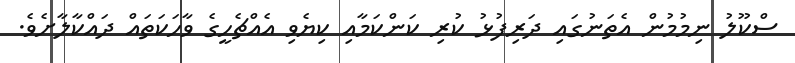
ސްކޫލު ނިމުމުން އެތަނުގައި ދަރިފުޅު ކުރި ކަންކަމާއި ކިޔެވި އެއްޗެހީގެ ވާހަކަތައް ދައްކާލާށެެވެ.